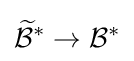
{\widetilde {\mathcal {B}}}^{*}\rightarrow {\mathcal {B}}^{*}